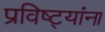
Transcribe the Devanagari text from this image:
प्रविष्ट्यांना